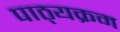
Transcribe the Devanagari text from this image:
पाठ्‍यक्रम